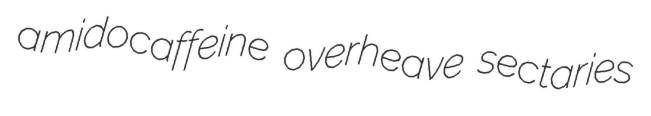
amidocaffeine overheave sectaries